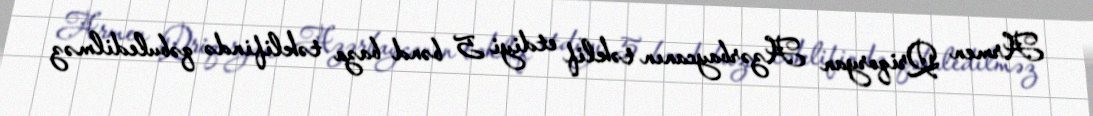
Armen Qriqoryan Azərbaycanın təklif etdiyi 5 bənd baza təklifində qəbuledilməz